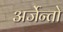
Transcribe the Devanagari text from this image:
अर्जेन्तो